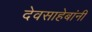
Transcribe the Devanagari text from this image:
देवसाहेबांनी